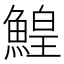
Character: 鰉